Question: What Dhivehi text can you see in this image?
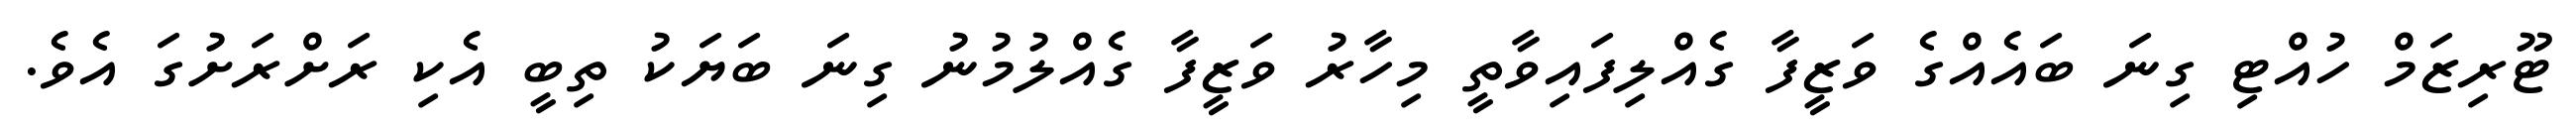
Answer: ޓޫރިޒަމް ހުއްޓި ގިނަ ބައެއްގެ ވަޒީފާ ގެއްލިފައިވާތީ މިހާރު ވަޒީފާ ގެއްލުމުނު ގިނަ ބަޔަކު ތިބީ އެކި ރަށްރަށުގަ އެވެ.